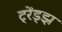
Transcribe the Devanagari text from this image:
ट्रेंड्‌झ